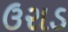
ઉરાડ